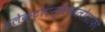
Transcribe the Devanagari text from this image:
इलेक्ट्रोएन्सेफालोग्राफी